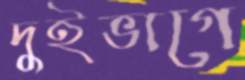
দুইভাগে